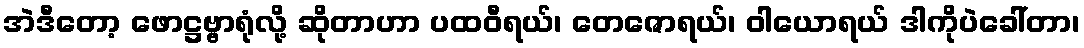
အဲဒီတော့ ဖောဋ္ဌဗ္ဗာရုံလို့ ဆိုတာဟာ ပထဝီရယ်၊ တေဇောရယ်၊ ဝါယောရယ် ဒါကိုပဲခေါ်တာ၊